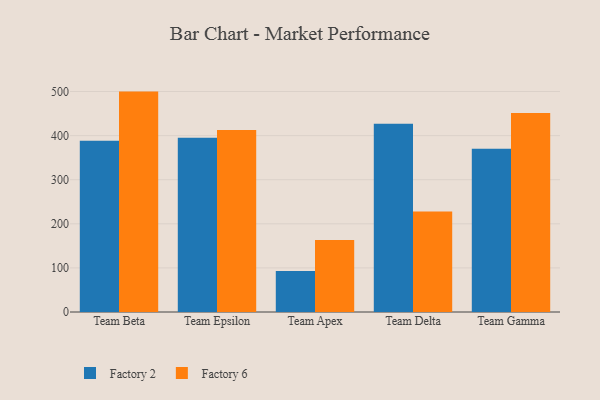
{"axis": {"x": "Team", "y": "Customer Acquisition Cost (USD)"}, "legend": ["Factory 2", "Factory 6"], "data": [{"x": "Team Beta", "y": 388.2, "type": "Factory 2"}, {"x": "Team Beta", "y": 499.8, "type": "Factory 6"}, {"x": "Team Epsilon", "y": 395.0, "type": "Factory 2"}, {"x": "Team Epsilon", "y": 413.0, "type": "Factory 6"}, {"x": "Team Apex", "y": 92.7, "type": "Factory 2"}, {"x": "Team Apex", "y": 163.2, "type": "Factory 6"}, {"x": "Team Delta", "y": 426.9, "type": "Factory 2"}, {"x": "Team Delta", "y": 227.8, "type": "Factory 6"}, {"x": "Team Gamma", "y": 370.1, "type": "Factory 2"}, {"x": "Team Gamma", "y": 451.4, "type": "Factory 6"}]}